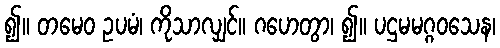
၍။ တမေဝ ဥပမံ၊ ကိုသာလျှင်။ ဂဟေတွာ၊ ၍။ ပဌမမဂ္ဂဝသေန၊